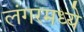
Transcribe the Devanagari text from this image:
लंगरमध्ये